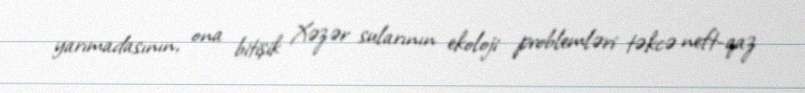
yarımadasının, ona bitişik Xəzər sularının ekoloji problemləri təkcə neft-qaz